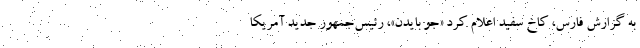
به گزارش فارس، کاخ سفید اعلام کرد «جو بایدن»، رئیس‌جمهور جدید آمریکا